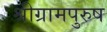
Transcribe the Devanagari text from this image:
श्रीग्रामपुरुष